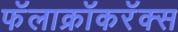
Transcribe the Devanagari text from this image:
फॅलाक्रॉकरॅक्स